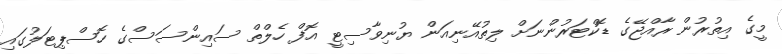
މީގެ އިތުރުން ރާއްޖޭގެ ޑޮކްޓަރުންނަށް ލިތުއޭނިއަން ޔުނިވާސިޓީ އޮފް ހެލްތް ސައިންސަސްގެ ހޮސްޕިޓަލުގައި